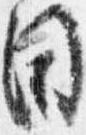
目